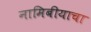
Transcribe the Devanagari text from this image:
नामिबीयाचा